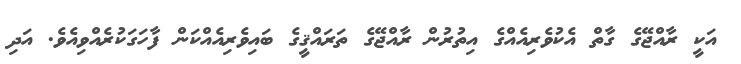
އަކީ ރާއްޖޭގެ ގާތް އެކުވެރިއެއްގެ އިތުރުން ރާއްޖޭގެ ތަރައްޤީގެ ބައިވެރިއެއްކަން ފާހަގަކުރެއްވިއެވެ. އަދި